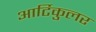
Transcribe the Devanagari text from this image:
आर्टिकुलर